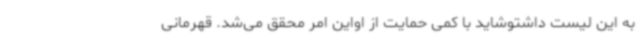
به این لیست داشتوشاید با کمی حمایت از اواین امر محقق می‌شد. قهرمانی